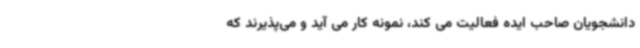
دانشجویان صاحب ایده فعالیت می کند، نمونه کار می آید و می‌پذیرند که